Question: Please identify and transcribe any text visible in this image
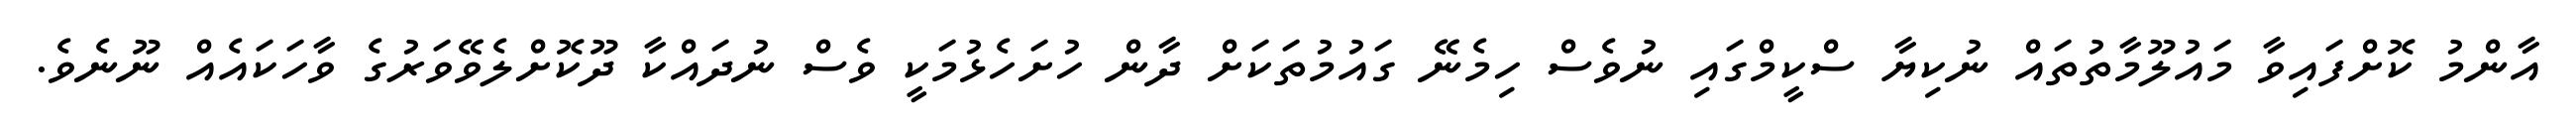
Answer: އާންމު ކޮށްފައިވާ މައުލޫމާތުތައް ނުކިޔާ ސްކީމްގައި ނުވެސް ހިމެނޭ ގައުމުތަކަށް ދާން ހުށަހެޅުމަކީ ވެސް ނުދައްކާ ދޫކޮށްލެވޭވަރުގެ ވާހަކައެއް ނޫނެވެ.